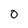
Character: 0